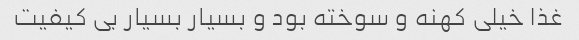
غذا خیلی کهنه و سوخته بود و بسیار بسیار بی کیفیت